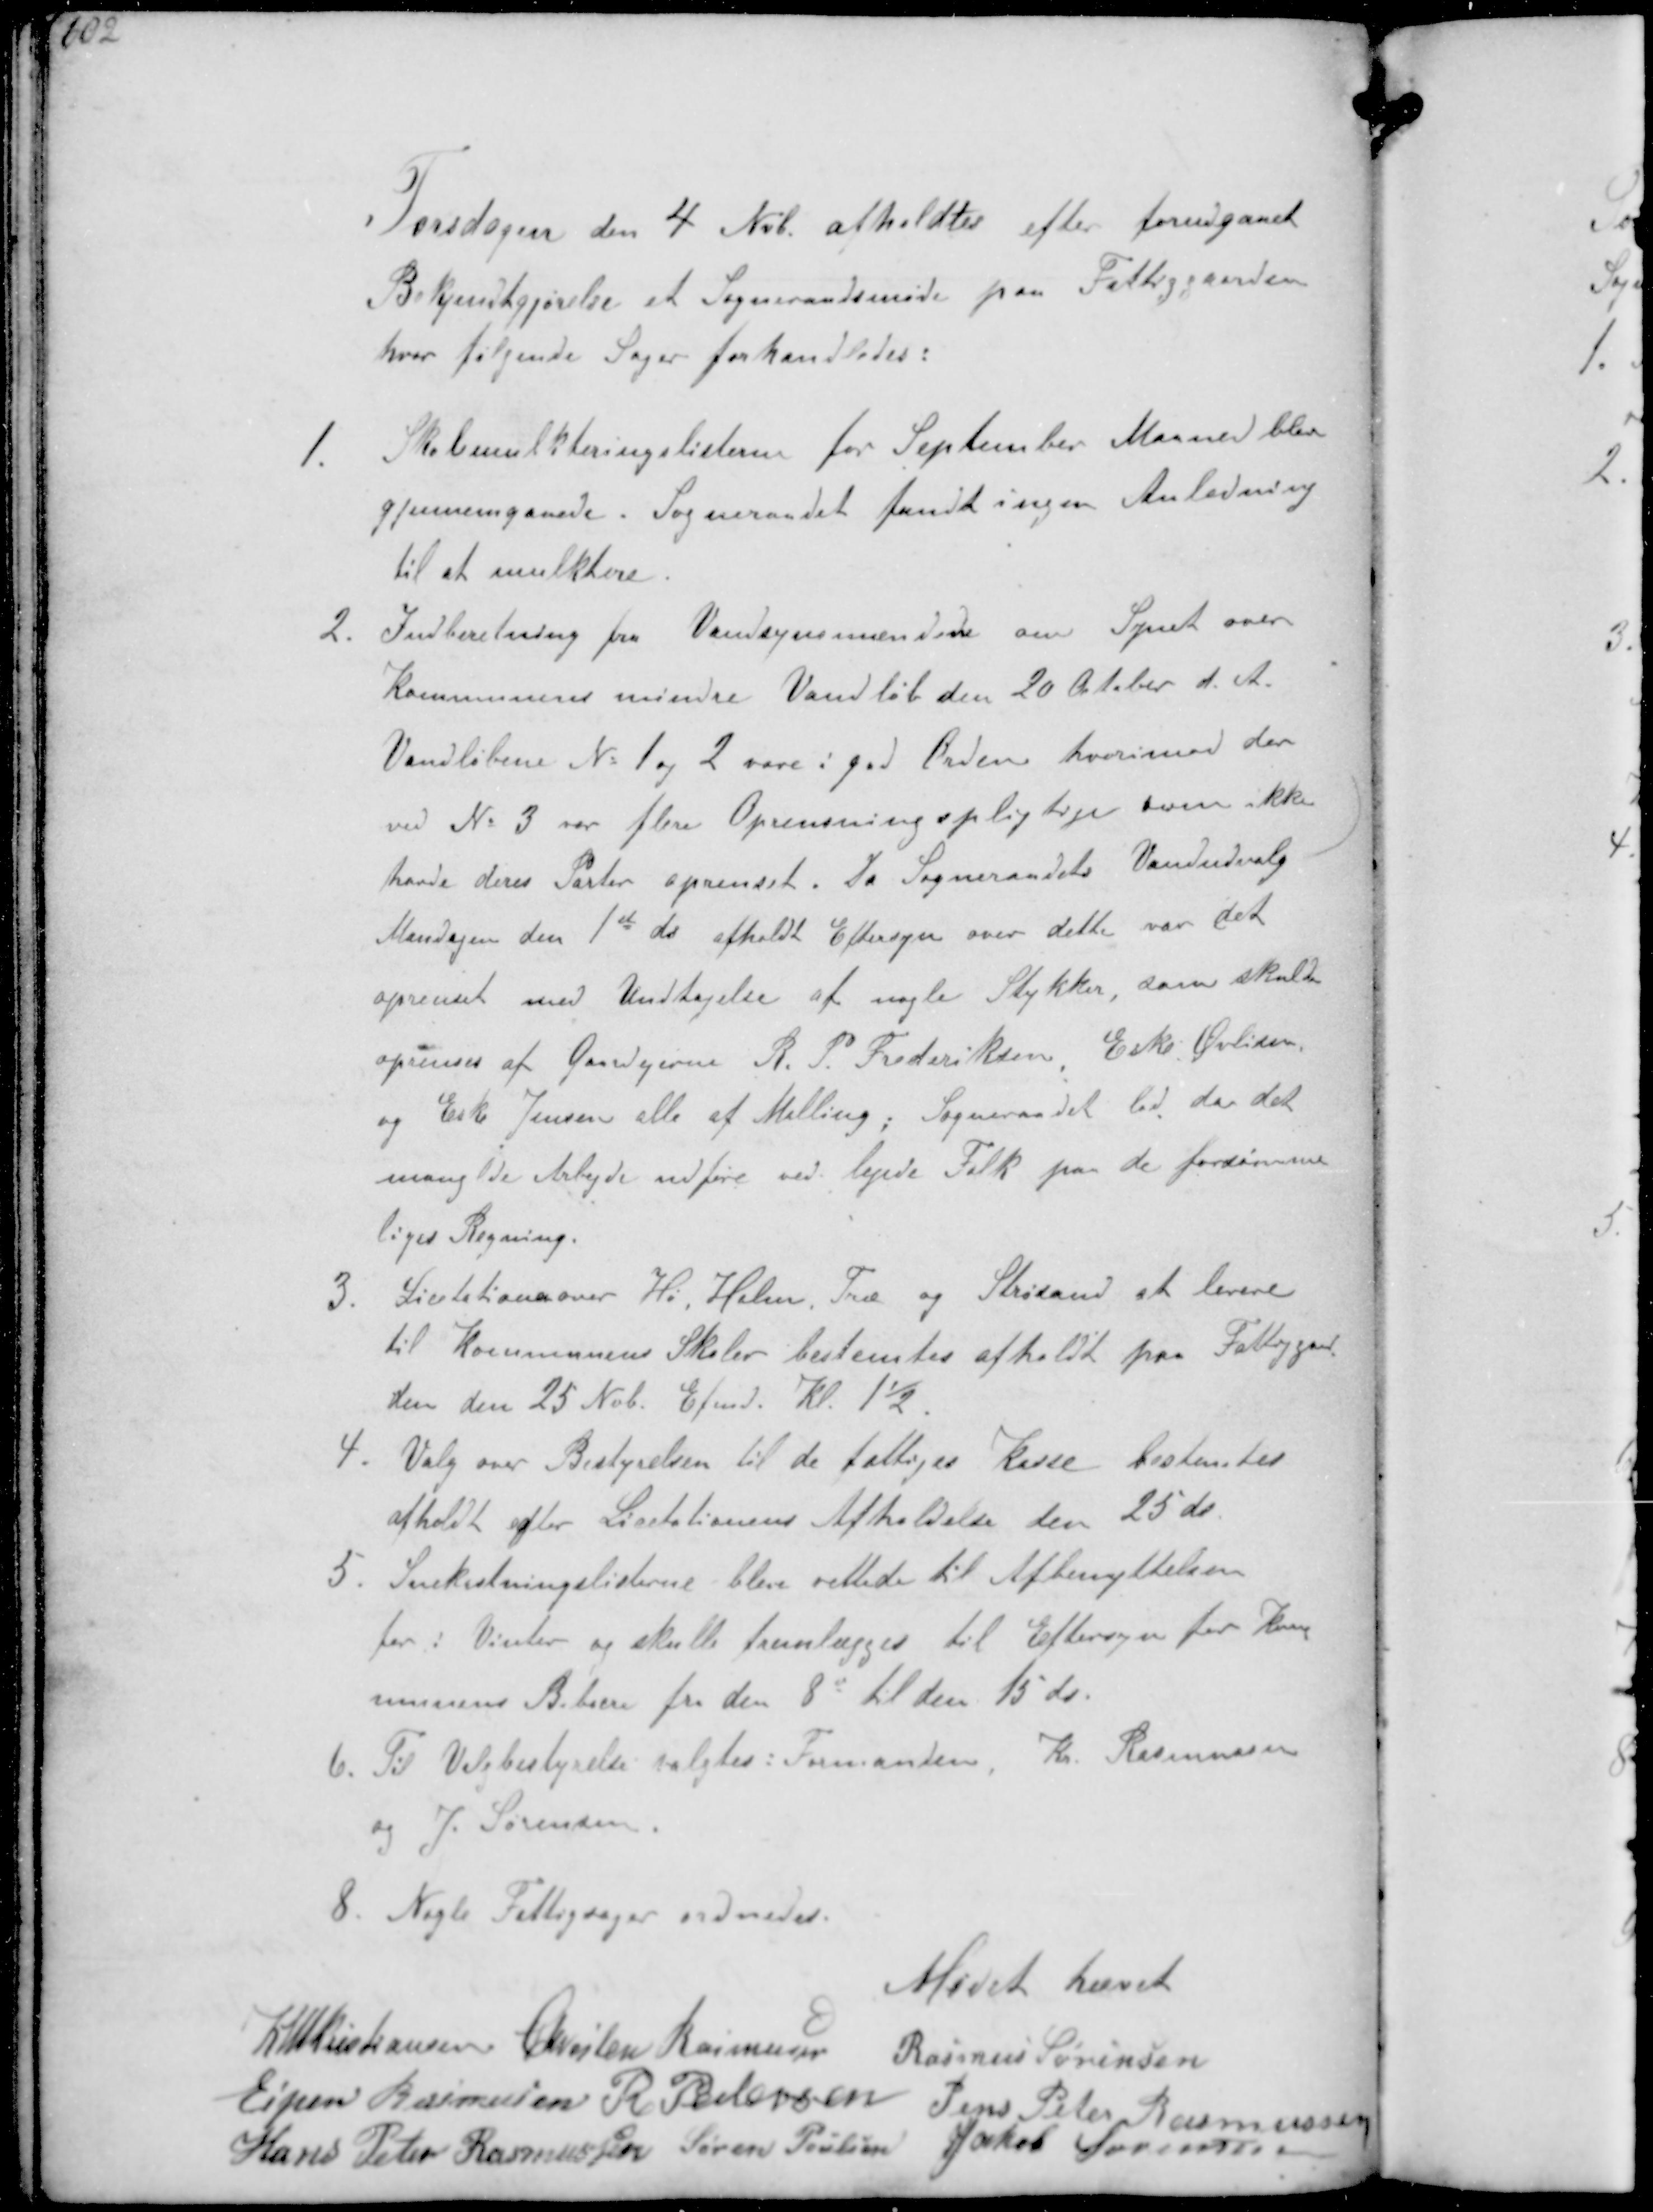
Transskription:
Torsdagen den 4 Nvb. afholdtes efter forudgaaet
Bekjendtgjørelse et Sogneraadsmøde paa Fattiggaarden
hvor følgende Sager forhandledes:
1. Skolemulkteringslisterne for September Maaned blev
gennemgaaede. Sogneraadet fandt ingen Anledning
til at mulktere
2. Indberetning fra Vandsynsmændene om Synet over
Kommunens mindre Vandløb den 20 October d.A.
Vandløbene Nr 1 og 2 vare i god Orden hvorimod der
ved No 3 var flere Oprensningspligtige som ikke
havde deres Parter oprenset. Da Sogneraadets Vandudvalg
Mandagen den 1st ds afholdt Eftersyn over dette var det
oprenset med Undtagelse af nogle Stykker, som skulde
oprenses af Gaardejerne R. P. Frederiksen, Eske Øvlisen
og Eske Jensen alle af Malling. Sogneraadet lod da det
manglede Arbejde udføre ved lejede Folk paa de forsømme-
liges Regning.
3 Licitationer over Hø, Halm, Træ og Strøsand at levere
til Kommunens Skoler bestemtes afholdt paa Fattiggaar-
den den 25 Nvb. Efmd Kl 1½
4. Valg over Bestyrelsen til de fattiges Kasse bestemtes
afholdt efter Licitationens Afholdelse den 25 ds.
5. Snekastningslisterne blev rettede til Afbenyttelsen
for i Vinter og skulle fremlægges til Eftersyn for Kom-
munens Beboere fra den 8de til den 15 ds.
6. Til Valgbestyrelse valgtes: Formanden, Kr. Rasmussen
ogJ. Sørensen
8. Nogle Fattigsager ordnedes.

Mødet hævet

K N M Kristiansen Chresten Rasmussen
Rasmus Sørensen
Espen Rasmussen R. Pedersen
Jens Peter Rasmussen
Hans Peter Rasmussen Søren Poulsen Jakob Sørensen